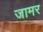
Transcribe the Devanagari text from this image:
जामर